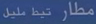
مطار تیپ مبل